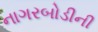
નાગરબોડીની